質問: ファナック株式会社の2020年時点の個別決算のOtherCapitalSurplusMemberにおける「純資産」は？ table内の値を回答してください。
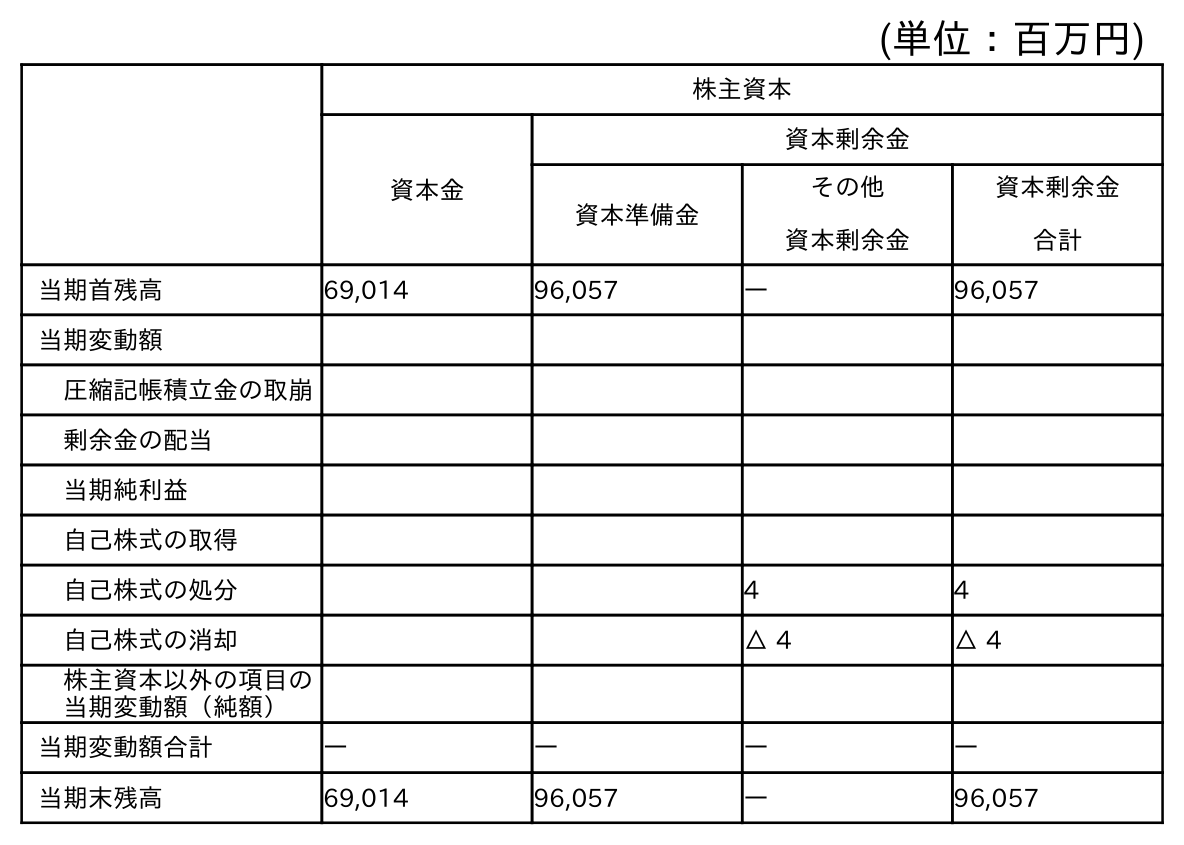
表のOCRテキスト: (単位：百万円) 株主資本 資本金 資本剰余金 資本準備金 その他 資本剰余金 資本剰余金 合計 当期首残高 69,014 96,057 ― 96,057 当期変動額 圧縮記帳積立金の取崩 剰余金の配当 当期純利益 自己株式の取得 自己株式の処分 4 4 自己株式の消却 △ 4 △ 4 株主資本以外の項目の 当期変動額（純額） 当期変動額合計 ― ― ― ― 当期末残高 69,014 96,057 ― 96,057
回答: ―